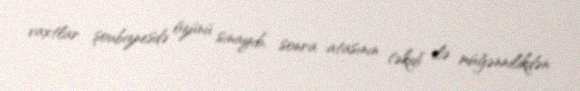
vaxtlar şoubiznesdə özünü sınayıb, sonra atasının təkidi ilə müğənnilikdən